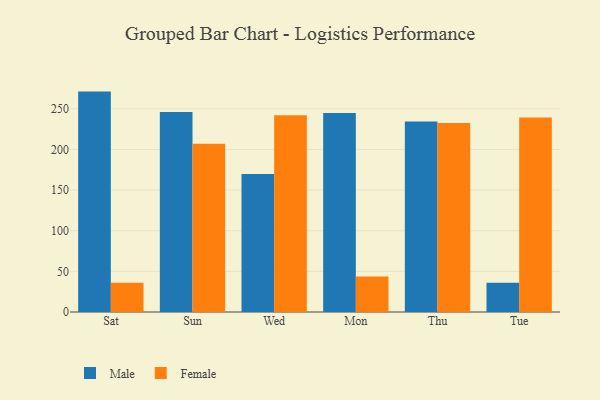
{"axis": {"x": "Day", "y": "Bounce Rate (%)"}, "legend": ["Female", "Male"], "data": [{"x": "Sat", "y": 271.1, "type": "Male"}, {"x": "Sat", "y": 36.1, "type": "Female"}, {"x": "Sun", "y": 246.0, "type": "Male"}, {"x": "Sun", "y": 206.8, "type": "Female"}, {"x": "Wed", "y": 169.6, "type": "Male"}, {"x": "Wed", "y": 241.9, "type": "Female"}, {"x": "Mon", "y": 244.8, "type": "Male"}, {"x": "Mon", "y": 43.6, "type": "Female"}, {"x": "Thu", "y": 234.2, "type": "Male"}, {"x": "Thu", "y": 232.6, "type": "Female"}, {"x": "Tue", "y": 36.1, "type": "Male"}, {"x": "Tue", "y": 239.2, "type": "Female"}]}